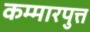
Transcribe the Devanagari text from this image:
कम्मारपुत्त